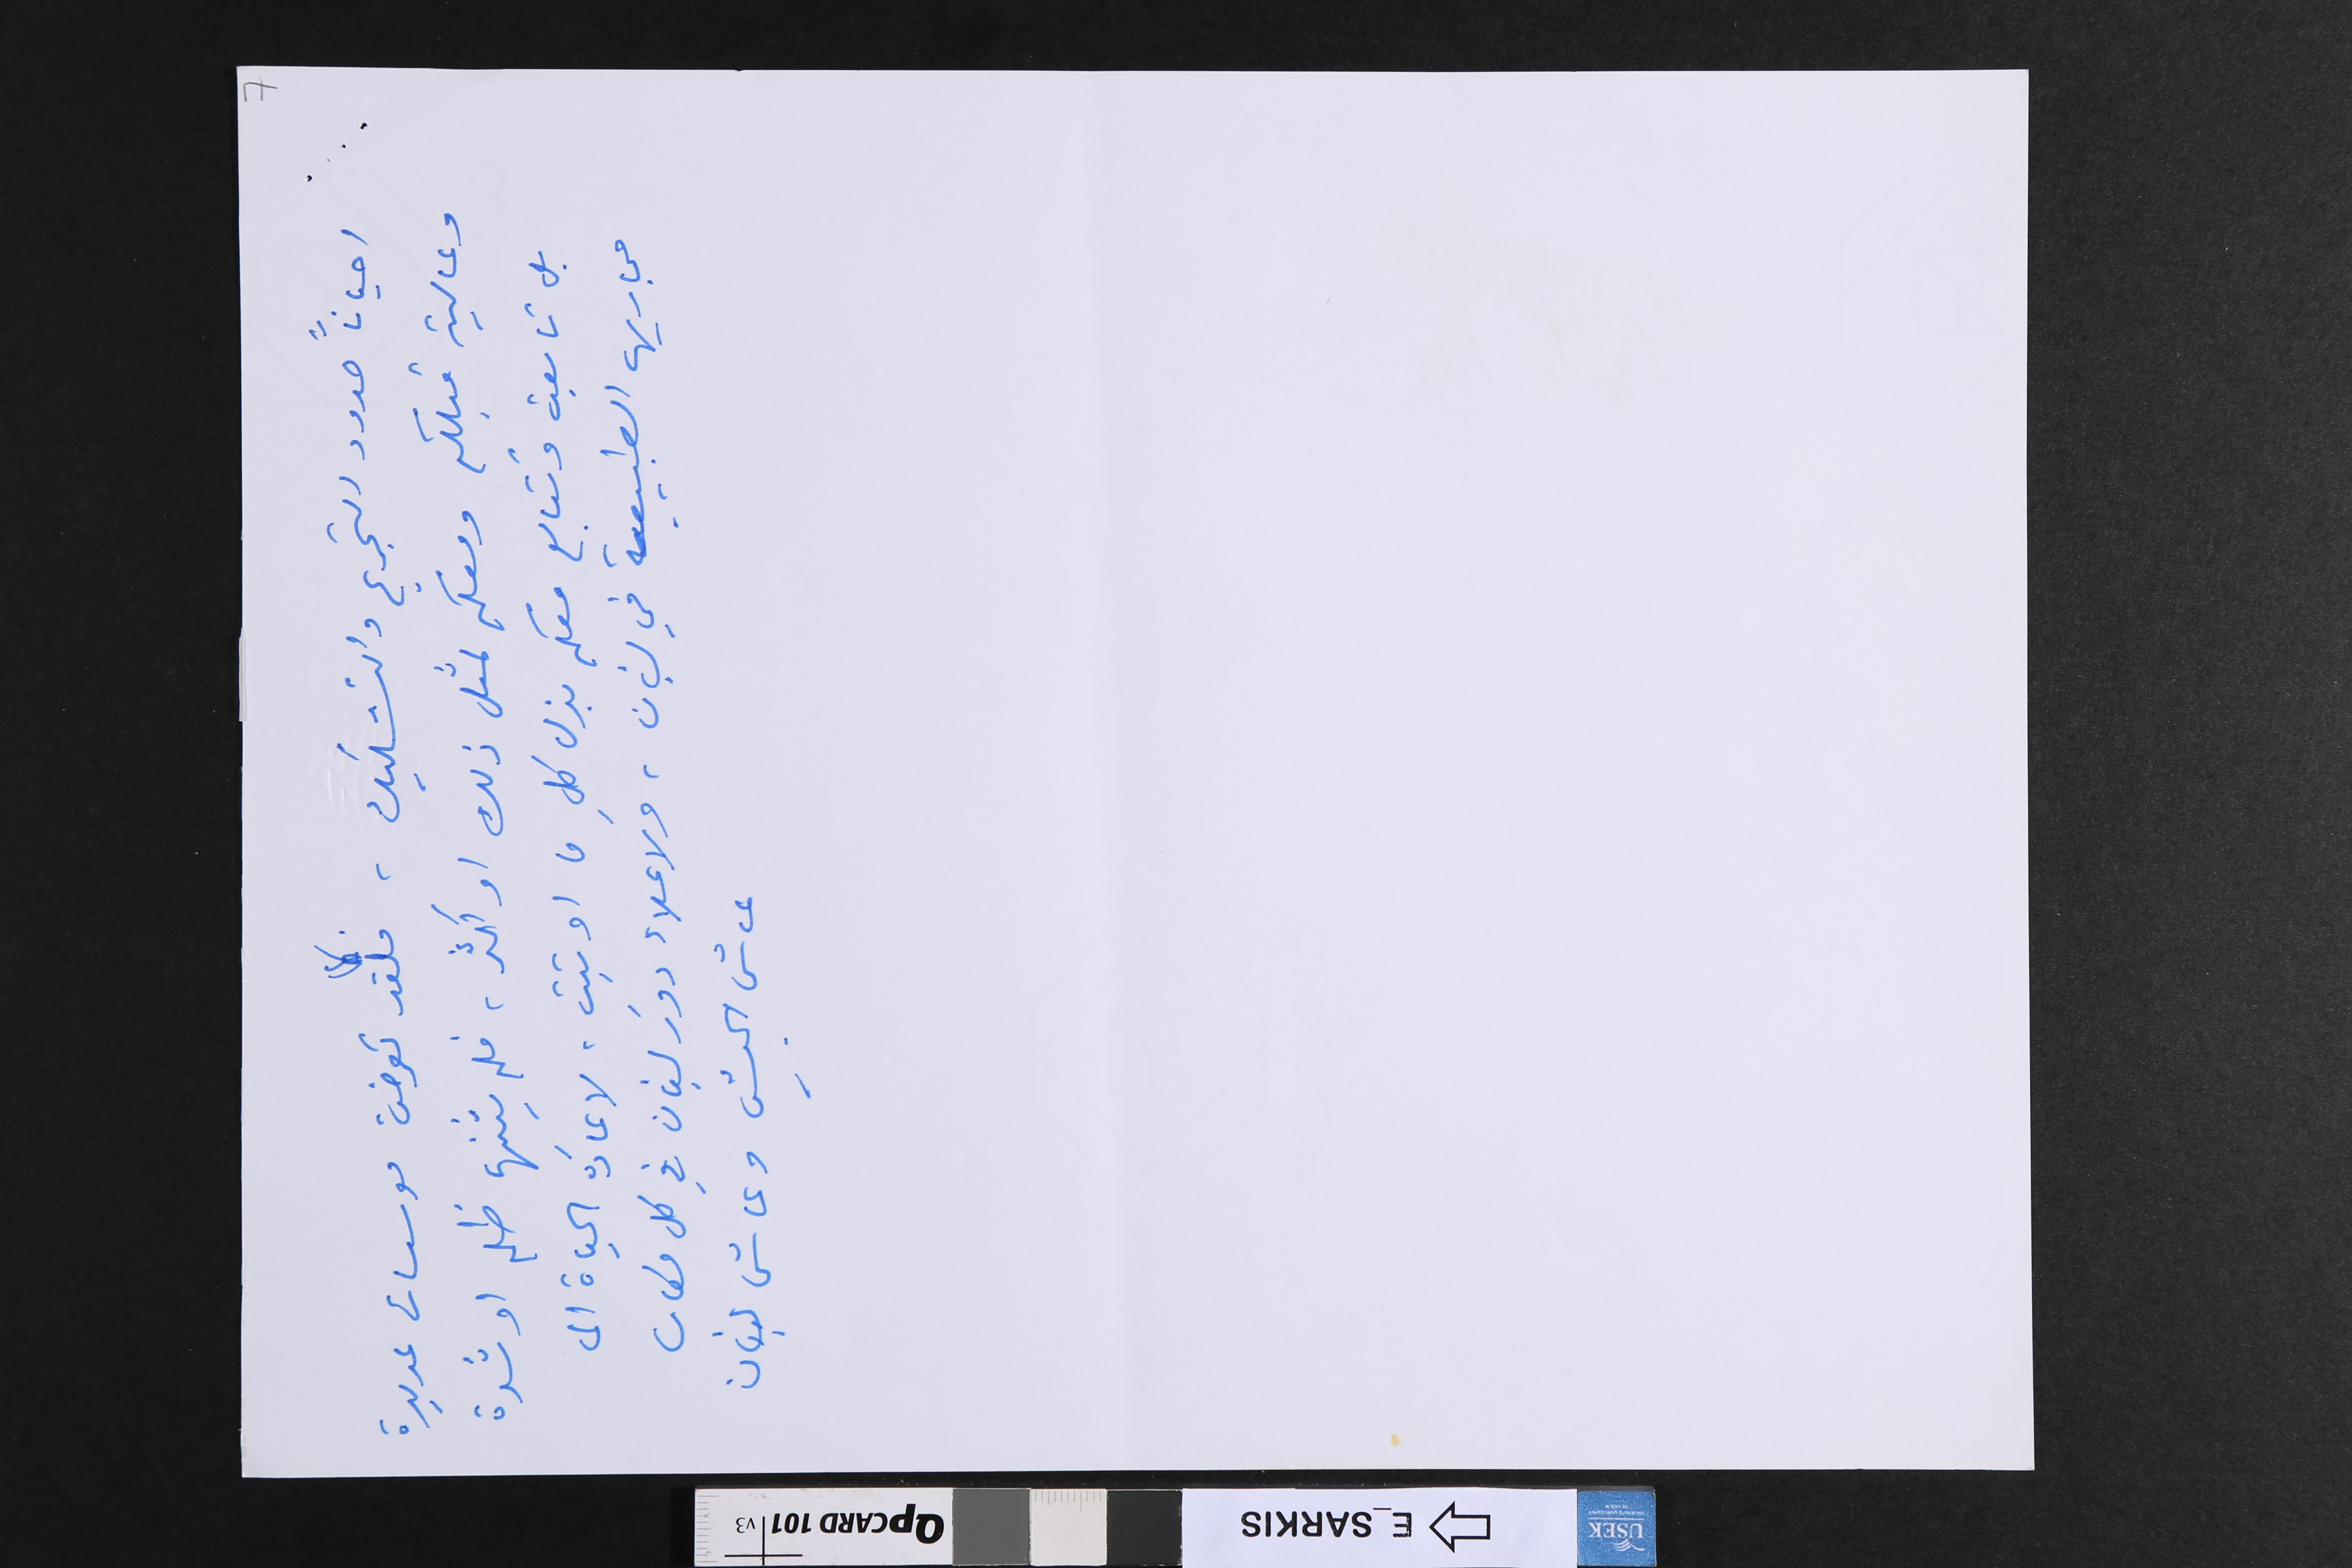
7
احياناً حدود التجريح والتشكيك، فلقد تعرضت موسسات عديدة
وعالية قبلكم ومعكم لمثل ذلك او اكثر، فلم يثنها ظلم او شدة
بل تابعت وتتابع معكم بذل كلِ ما اوتيت، لاعادة الحياة الى
مجاريها الطبيعية في لبنان، ولاعلاء دورَ لبنان في كل مكان
عاش الجيش وعاش لبنان